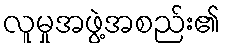
လူမှုအဖွဲ့အစည်း၏